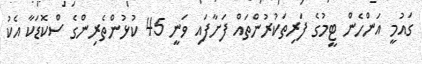
ގައުމީ އަންހެން ޓީމުގެ ފަރިތަކުރުންތައް ފަށާފައި ވަނީ 45 ކުޅުންތެރިންގެ ސްކޮޑަކާ އެކު